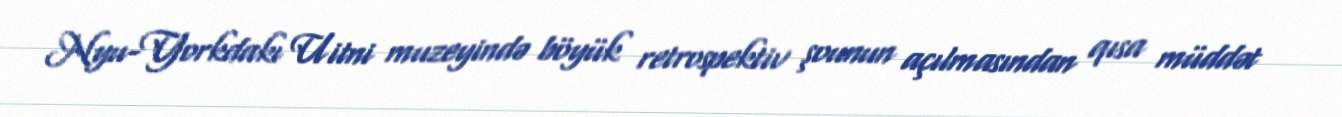
Nyu-Yorkdakı Uitni muzeyində böyük retrospektiv şounun açılmasından qısa müddət